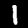
Label: 1